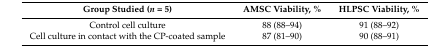
| Group Studied (n = 5) | AMSC Viability, % | HLPSC Viability, % |
 | --- | --- | --- |
 | Control cell culture | 88 (88–94) | 91 (88–92) |
 | Cell culture in contact with the CP-coated sample | 87 (81–90) | 90 (88–91) |